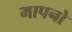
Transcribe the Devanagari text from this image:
मापनो